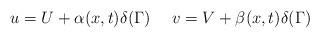
LaTeX: \begin{align*}u=U+\alpha(x,t)\delta(\Gamma) \ \ \ \ v=V+\beta(x,t)\delta(\Gamma)\end{align*}